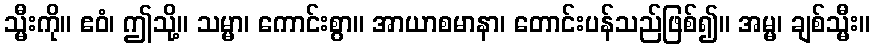
သ္မီးကို။ ဧဝံ၊ ဤသို့။ သမ္မာ၊ ကောင်းစွာ။ အာယာစမာနာ၊ တောင်းပန်သည်ဖြစ်၍။ အမ္မ၊ ချစ်သ္မီး။